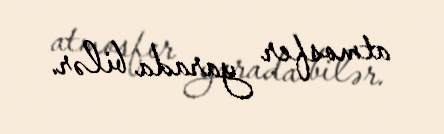
atmosfer yarada bilər.